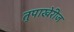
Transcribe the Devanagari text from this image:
तुपाखेरीज